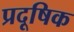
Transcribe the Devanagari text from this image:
प्रदूषिक